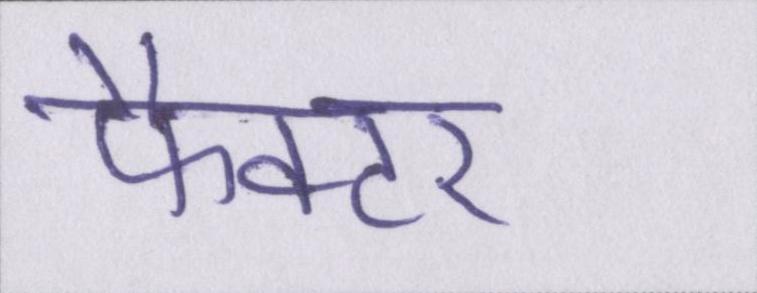
फैक्टर